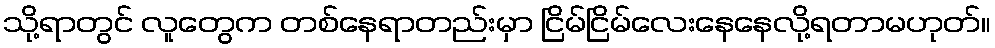
သို့ရာတွင် လူတွေက တစ်နေရာတည်းမှာ ငြိမ်ငြိမ်လေးနေနေလို့ရတာမဟုတ်။